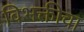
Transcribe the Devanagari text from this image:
विभक्तीचा